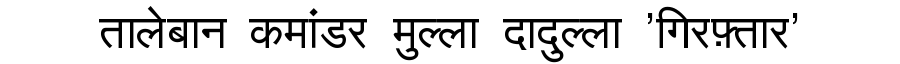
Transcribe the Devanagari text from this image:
तालेबान कमांडर मुल्ला दादुल्ला 'गिरफ़्तार'